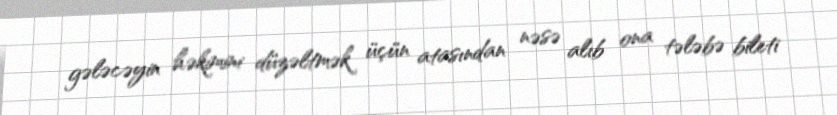
gələcəyin həkimini düzəltmək üçün atasından nəsə alıb ona tələbə bileti